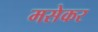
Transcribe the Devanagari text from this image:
मसेकर